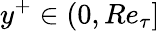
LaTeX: y^{+}\in(0,Re_{\tau}]